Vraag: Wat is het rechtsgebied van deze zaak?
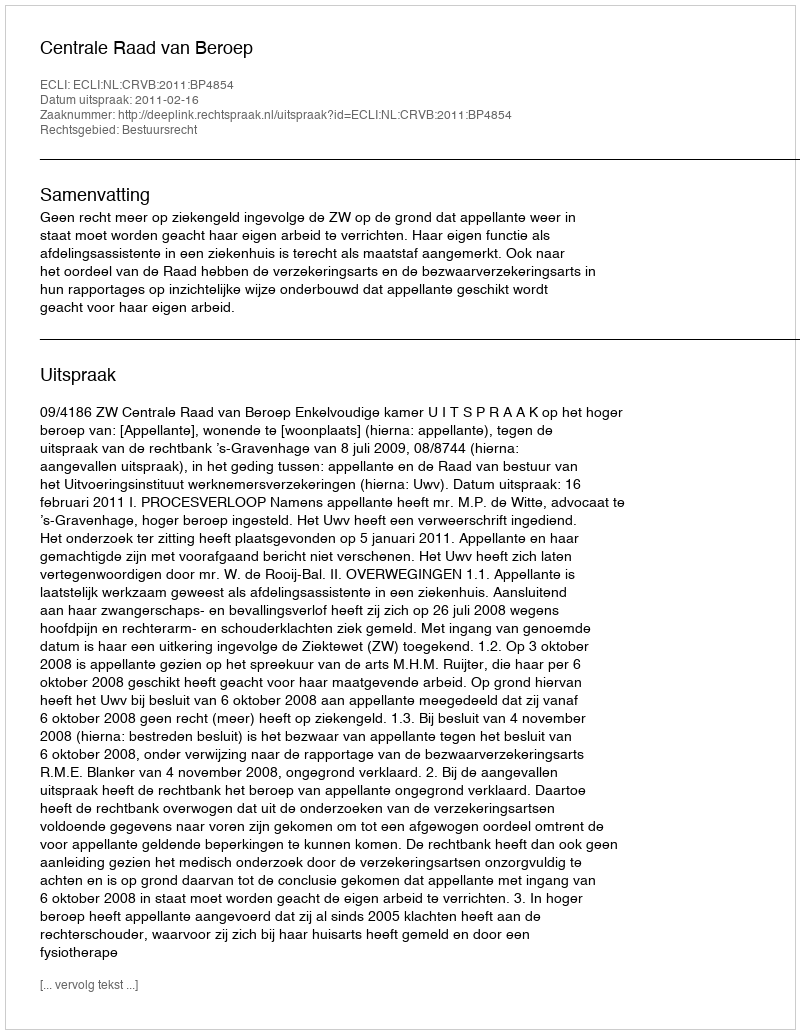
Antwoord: Bestuursrecht